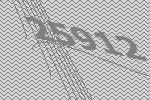
25912